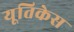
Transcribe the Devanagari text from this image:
यूतिकेस